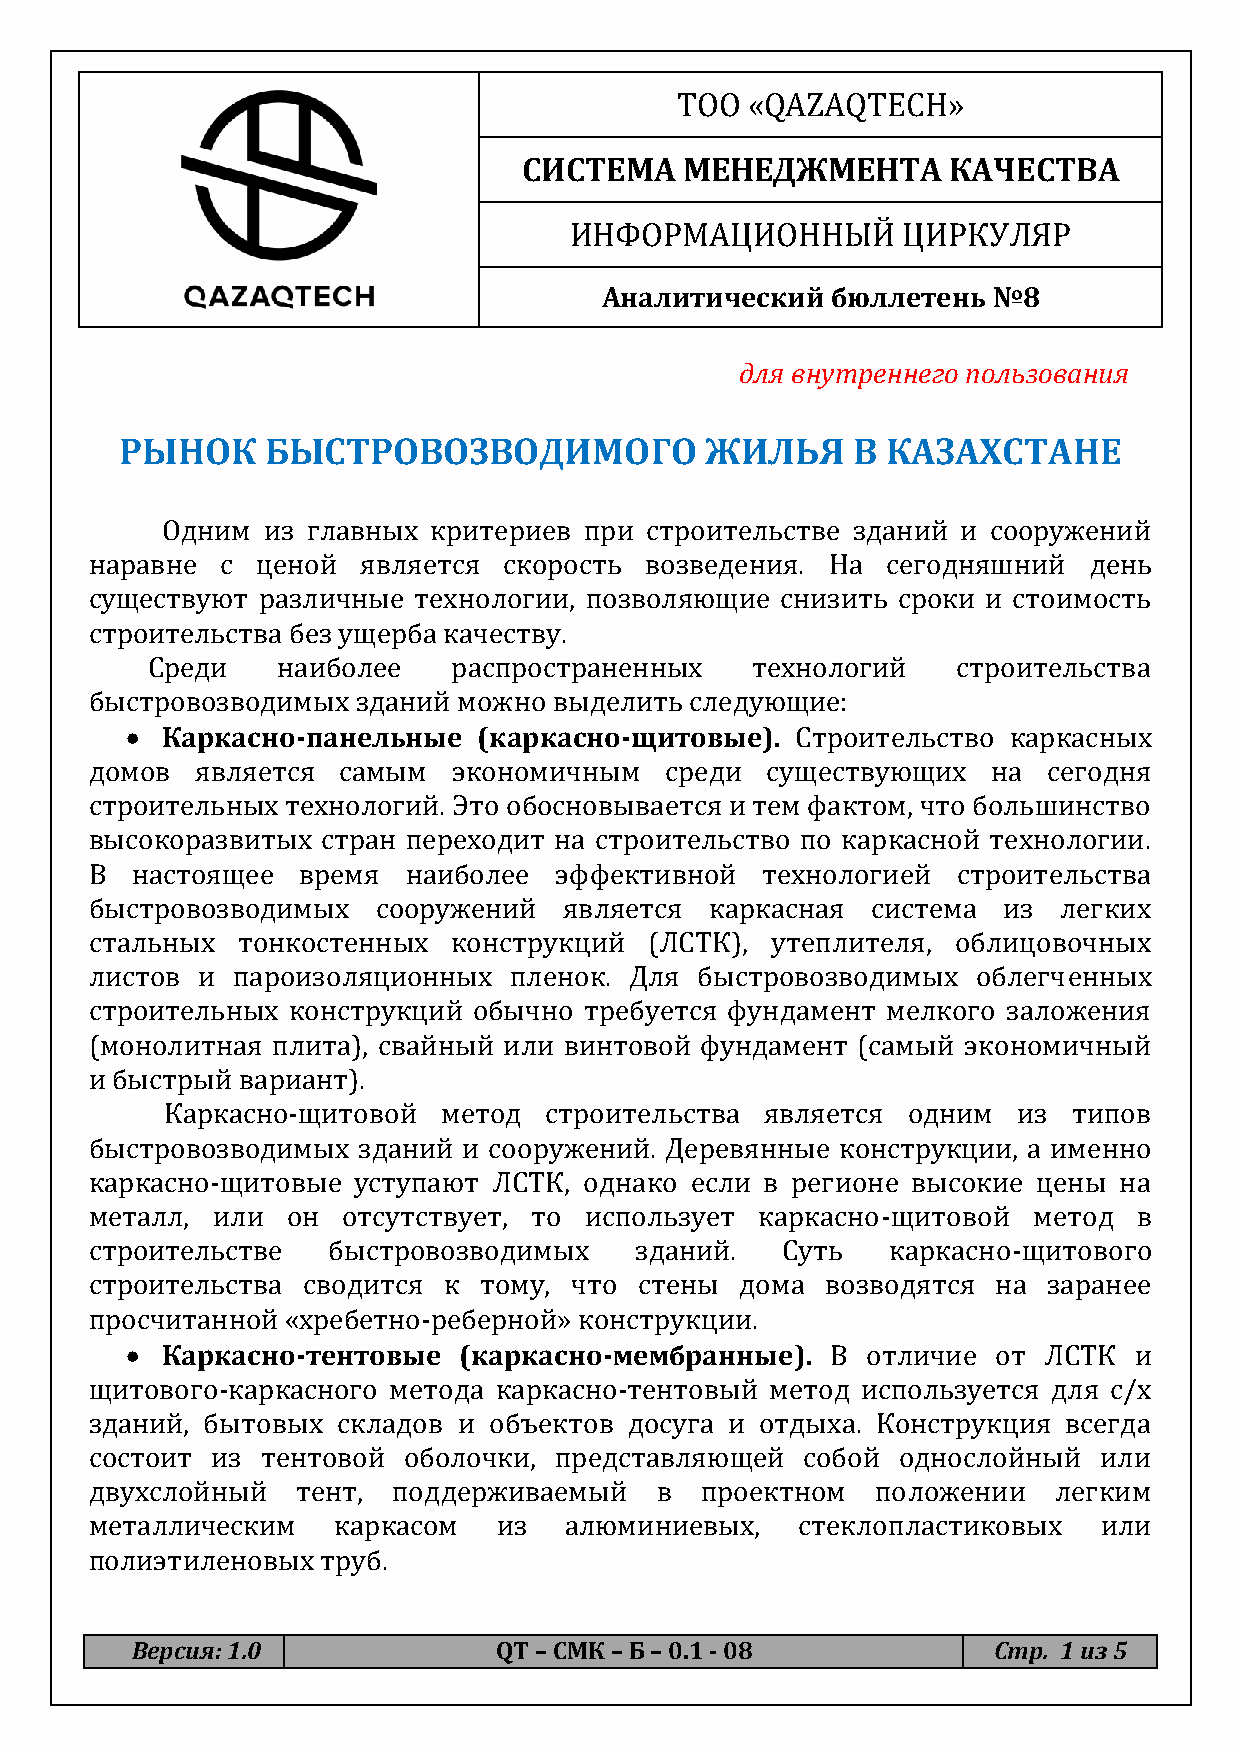
ТОО  «QAZAQTECH»
 СИСТЕМА   МЕНЕДЖМЕНТА       КАЧЕСТВА
 ИНФОРМАЦИОННЫЙ        ЦИРКУЛЯР
 Аналитический  бюллетень  №8
 для внутреннего пользования
 РЫНОК     БЫСТРОВОЗВОДИМОГО            ЖИЛЬЯ    В  КАЗАХСТАНЕ
 Одним из главных критериев  при строительстве зданий и сооружений
 наравне  с ценой  является скорость  возведения. На  сегодняшний  день
 существуют различные технологии, позволяющие  снизить сроки и стоимость
 строительства без ущерба качеству.
 Среди   наиболее    распространенных    технологий   строительства
 быстровозводимых  зданий можно выделить следующие:
   Каркасно-панельные   (каркасно-щитовые).  Строительство каркасных
 домов  является самым   экономичным   среди  существующих   на сегодня
 строительных технологий. Это обосновывается и тем фактом, что большинство
 высокоразвитых стран переходит на строительство по каркасной технологии.
 В  настоящее  время  наиболее  эффективной  технологией  строительства
 быстровозводимых   сооружений  является  каркасная  система из  легких
 стальных  тонкостенных  конструкций  (ЛСТК), утеплителя, облицовочных
 листов и пароизоляционных   пленок. Для быстровозводимых   облегченных
 строительных конструкций обычно  требуется фундамент мелкого заложения
 (монолитная плита), свайный или винтовой фундамент (самый экономичный
 и быстрый вариант).
 Каркасно-щитовой  метод  строительства  является одним  из  типов
 быстровозводимых  зданий и сооружений. Деревянные конструкции, а именно
 каркасно-щитовые уступают  ЛСТК, однако если в регионе высокие цены на
 металл, или  он  отсутствует, то использует каркасно-щитовой  метод  в
 строительстве   быстровозводимых    зданий.   Суть   каркасно-щитового
 строительства сводится к  тому, что стены  дома  возводятся на заранее
 просчитанной «хребетно-реберной» конструкции.
   Каркасно-тентовые  (каркасно-мембранные).   В отличие  от ЛСТК  и
 щитового-каркасного метода каркасно-тентовый метод используется для с/х
 зданий, бытовых складов и объектов  досуга и отдыха. Конструкция всегда
 состоит из тентовой  оболочки, представляющей  собой однослойный   или
 двухслойный   тент, поддерживаемый   в  проектном   положении   легким
 металлическим   каркасом   из  алюминиевых,    стеклопластиковых   или
 полиэтиленовых труб.
 Версия: 1.0             QT – СМК – Б – 0.1 - 08          Стр. 1 из 5